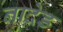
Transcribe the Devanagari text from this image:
नादेड